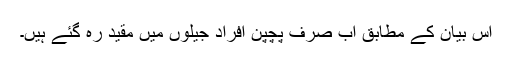
اس بیان کے مطابق اب صرف پچپن افراد جیلوں میں مقید رہ گئے ہیں۔